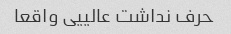
حرف نداشت عالییی واقعا